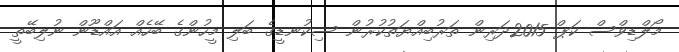
މޯލްޑިވްސް ކަޕް 2015ދަރިން ތަރުބިއްޔަތުކުރުން ސިކުނޑީގެ ބަލި މީހުންގެ ބޭހެއް އައްޑޫން ނުލިބޭތީ